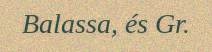
Balassa, és Gr.